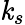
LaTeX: \mathit{k}_{s}